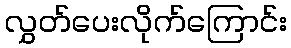
လွှတ်ပေးလိုက်ကြောင်း